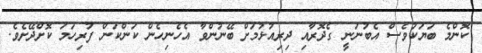
ކޮންމެ ބަޔަކުވެސް އެބުނަނީ ގެދޮރާއި ދިރިއުޅުމަށް ބޭނުންވާ އެހެނިހެން ކަންކަން ފުރިހަމަ ކޮށްދޭށެވެ.